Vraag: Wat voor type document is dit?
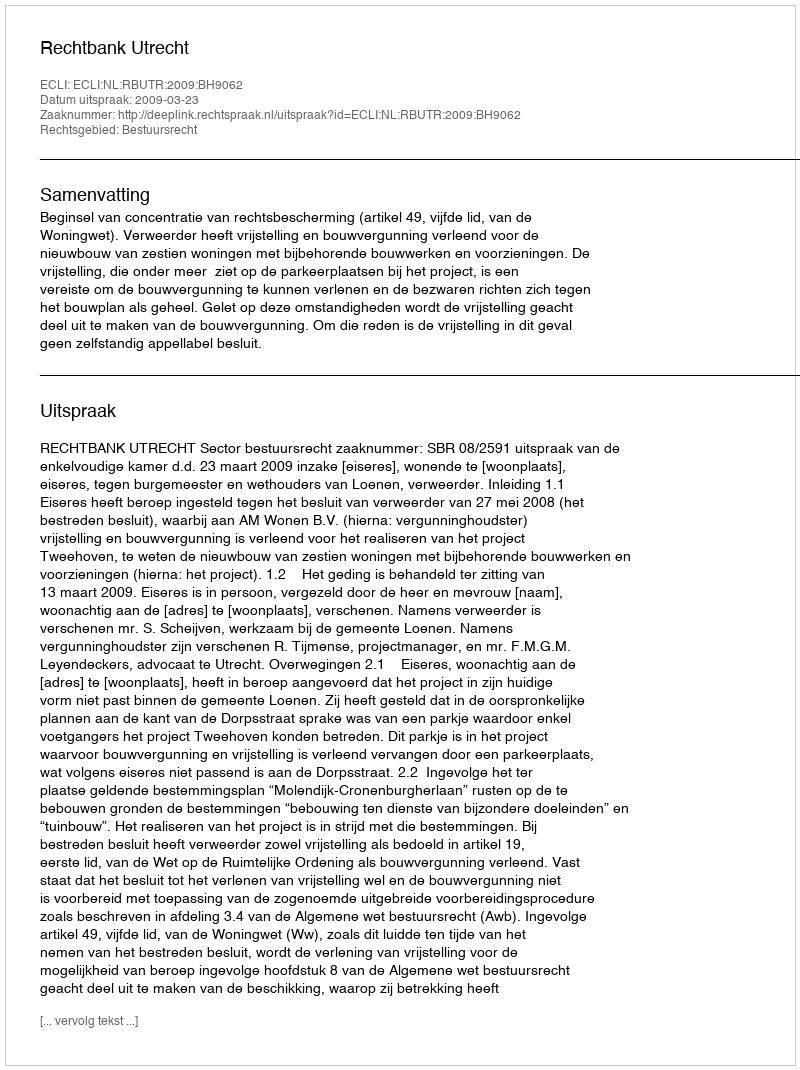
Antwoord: Uitspraak